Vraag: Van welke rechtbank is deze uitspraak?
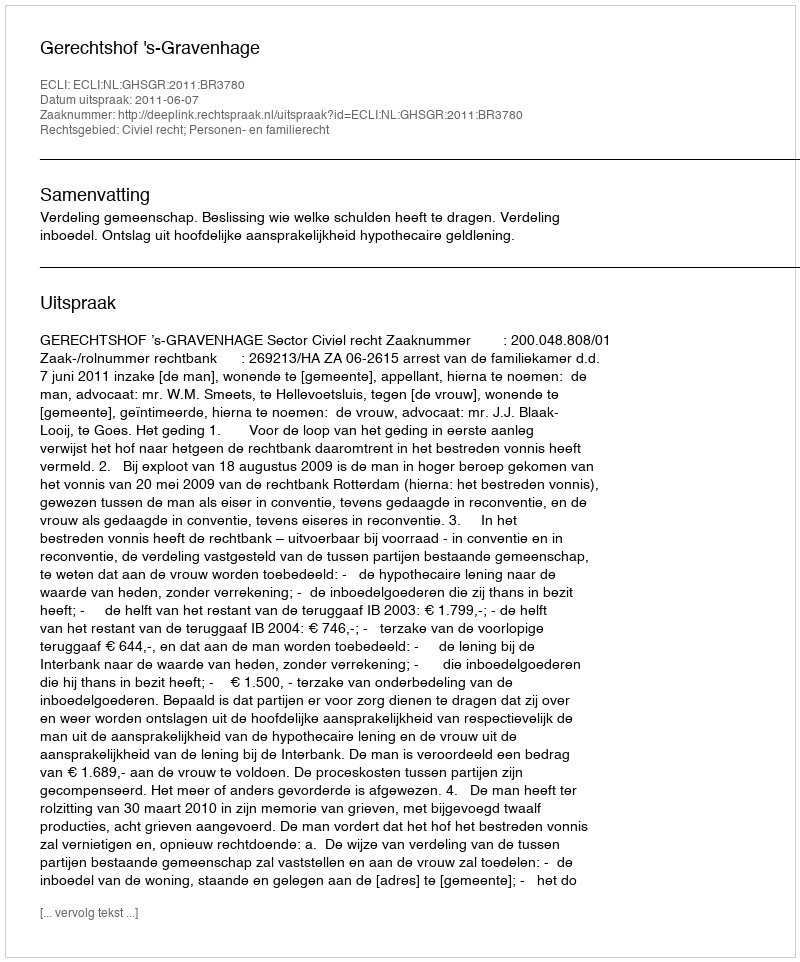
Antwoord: Gerechtshof 's-Gravenhage